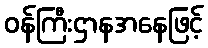
ဝန်ကြီးဌာနအနေဖြင့်